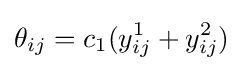
\theta _{ij}=c_{1}(y_{ij}^{1}+y_{ij}^{2})